Report on malaria in the Punjab during the year ...  together with an account of the work of the Punjab Malaria Bureau - Volume 3
Disease focus: Malaria
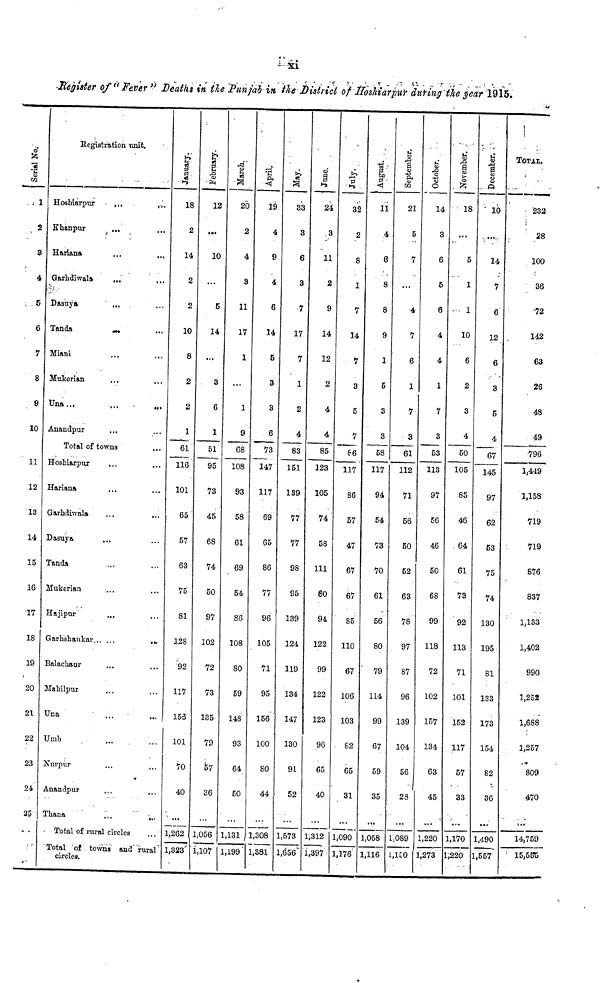
xi
Register of " Fever " Deaths in the Punjab in the District of Hoshiarpur during the year 1915.
Serial No.
. 1
2
3
4
5
6
7
8
9
10
11
12
13
14
15
16
17
18
19
20
21
22
23
24
25
Registration unit.
Hoshiarpur
Khanpur
Hariana
Garhdiwala
...
Dasuya
Tanda
Miani
Mukerian
Una...
Anandpur
Total of towns
Hoshiarpur
Hariana
Garhdiwala
Dasuya
...
Tanda
Mukerian
Hajipur
Garhshankar
Balacbaur
Mahilpur
Una
Umb
Nurpur
Anandpur
Thana
Total of rural circles
Total of towns and rural
circles.
January.
18
2
14
2
2
10
8
2
2
1
61
116
101
65
57
63
75
81
128
92
117
153
101
70
40
1,262
1,323
February.
12
...
10
...
5
14
...
3
6
1
51
95
73
45
68
74
50
97
102
72
73
135
79
57
36
1,056
1,107
March.
20
2
4
3
11
17
1
...
1
9
68
108
93
58
61
69
54
86
108
80
59
148
93
64
50
1,131
1,199
April.
19
4
9
4
6
14
5
3
3
6
73
147
117
69
65
86
77
96
105
71
95
156
100
80
44
1,308
1,381
May.
33
3
6
3
7
17
7
1
2
4
83
151
139
77
77
98
95
139
124
119
134
147
130
91
52
1,573
1,656
June.
24
3
11
2
9
14
12
2
4
4
85
123
105
74
58
111
80
94
122
99
122
123
96
65
40
1,312
1,397
July.
32
2
8
1
7
14
7
3
5
7
66
117
86
57
47
67
67
85
110
67
106
103
82
65
31
1,090
1,176
August.
11
4
6
8
8
9
1
5
3
3
58
117
94
54
73
70
61
56
80
79
114
99
67
59
35
1,058
1,116
September.
21
5
7
...
4
7
6
1
7
3
61
112
71
56
50
52
63
78
87
96
139
104
56
28
1089
1,100
October.
14
3
6
5
6
4
4
1
7
3
53
113
97
56
46
50
68
99
118
72
102
157
134
63
45
1,220
1,273
November.
18
...
5
1
1
10
6
2
3
4
50
105
85
46
64
61
73
92
113
71
101
152
117
57
33
1,170
1,220
December.
10
14
7
6
12
6
3
5
4
67
145
97
62
53
75
74
130
195
81
133
173
154
82
36
1,490
1,667
TOTAL
232
28
100
36
72
142
63
26
48
49
796
1,449
1,158
719
719
876
837
1,133
1,402
990
1,252
1,688
1,257
809
470
14,759
15,551S